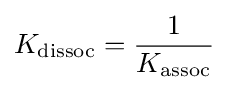
K_{\text{dissoc}}={\frac {1}{K_{\text{assoc}}}}